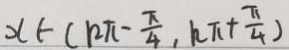
x \in ( k \pi - \frac { \pi } { 4 } , k \pi + \frac { \pi } { 4 } )